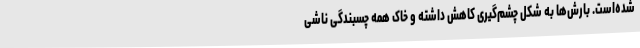
شده‌است. بارش‌ها به شکل چشم‌گیری کاهش داشته و خاک همه چسبندگی ناشی